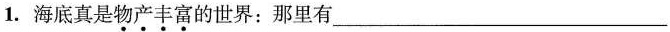
1.海底真是物产丰富的世界：那里有___